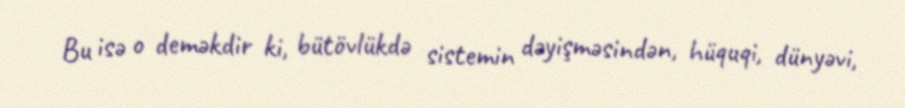
Bu isə o deməkdir ki, bütövlükdə sistemin dəyişməsindən, hüquqi, dünyəvi,